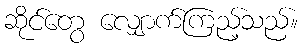
ဆိုင်တွေ လျှောက်ကြည့်သည်။